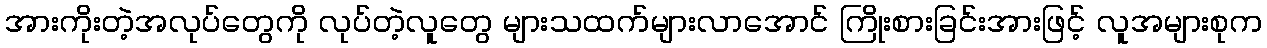
အားကိုးတဲ့အလုပ်တွေကို လုပ်တဲ့လူတွေ များသထက်များလာအောင် ကြိုးစားခြင်းအားဖြင့် လူအများစုက